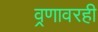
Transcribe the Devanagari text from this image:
व्रणावरही